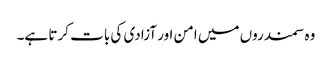
وہ سمندروں میں امن اور آزادی کی بات کرتا ہے۔